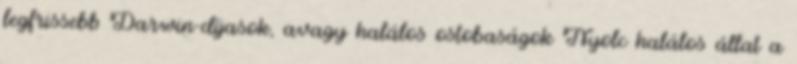
legfrissebb Darwin-díjasok, avagy halálos ostobaságok Nyolc halálos állat a